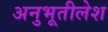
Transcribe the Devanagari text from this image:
अनुभूतीलेश